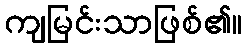
ကျမြင်းသာဖြစ်၏။